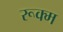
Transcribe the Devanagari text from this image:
रूक्म